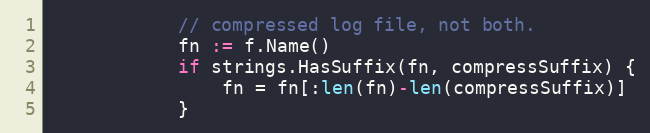
Language: Go
			// compressed log file, not both.
			fn := f.Name()
			if strings.HasSuffix(fn, compressSuffix) {
				fn = fn[:len(fn)-len(compressSuffix)]
			}